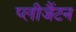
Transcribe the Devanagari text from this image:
प्लीजैंटन